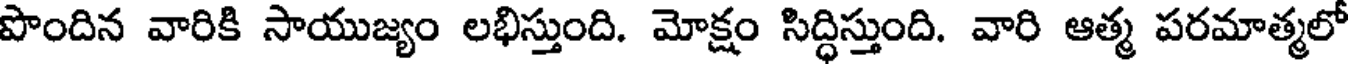
పొందిన వారికి సాయుజ్యం లభిస్తుంది. మోక్షం సిద్ధిస్తుంది. వారి ఆత్మ పరమాత్మలో